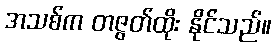
အသစ်က တဇွတ်ထိုး နိုင်သည်။